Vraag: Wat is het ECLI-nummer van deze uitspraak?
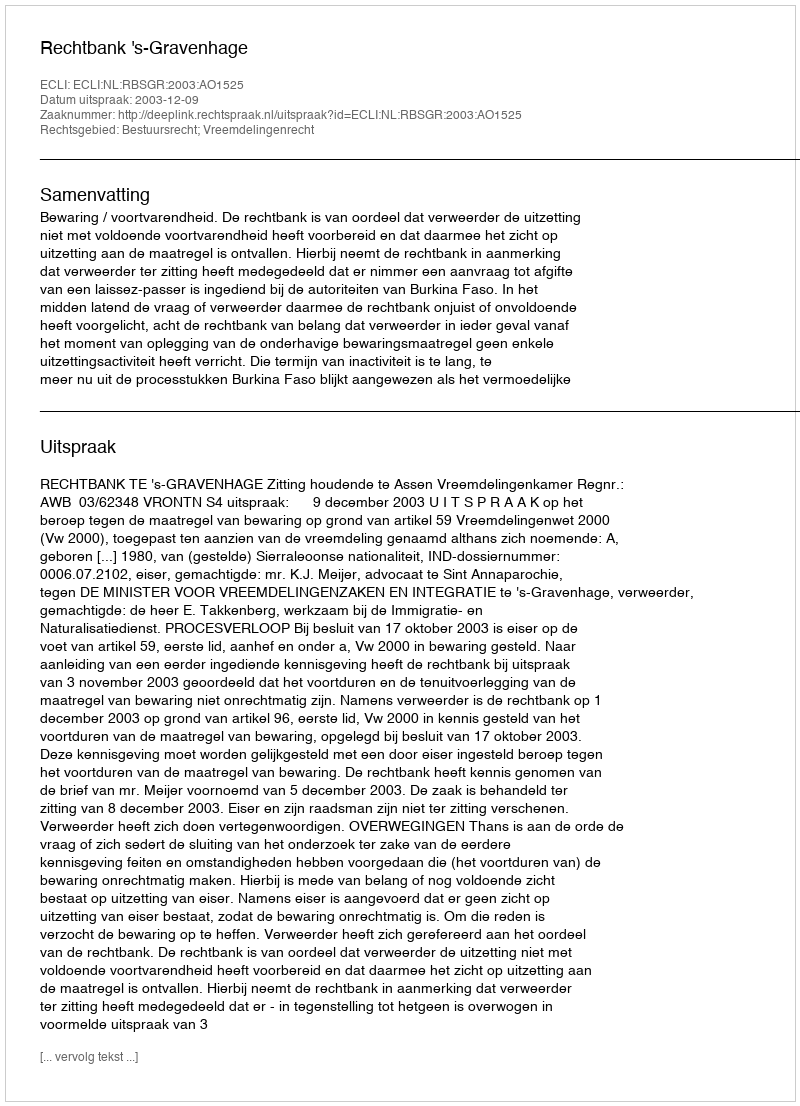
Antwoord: ECLI:NL:RBSGR:2003:AO1525